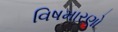
વિષમારણો